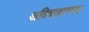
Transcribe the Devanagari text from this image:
अविवादास्पद